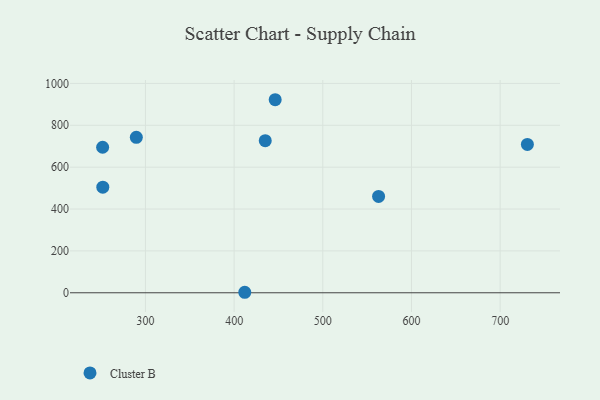
{"axis": {"x": "Experience", "y": "Sales"}, "legend": ["Cluster B"], "data": [{"x": "251.9", "y": 504.4, "type": "Cluster B"}, {"x": "562.9", "y": 460.4, "type": "Cluster B"}, {"x": "435.1", "y": 726.4, "type": "Cluster B"}, {"x": "251.7", "y": 695.1, "type": "Cluster B"}, {"x": "289.7", "y": 742.3, "type": "Cluster B"}, {"x": "730.7", "y": 708.4, "type": "Cluster B"}, {"x": "412.0", "y": 2.4, "type": "Cluster B"}, {"x": "446.3", "y": 922.1, "type": "Cluster B"}]}